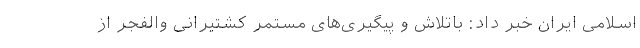
اسلامی ایران خبر داد: باتلاش و پیگیری‌های مستمر کشتیرانی والفجر از